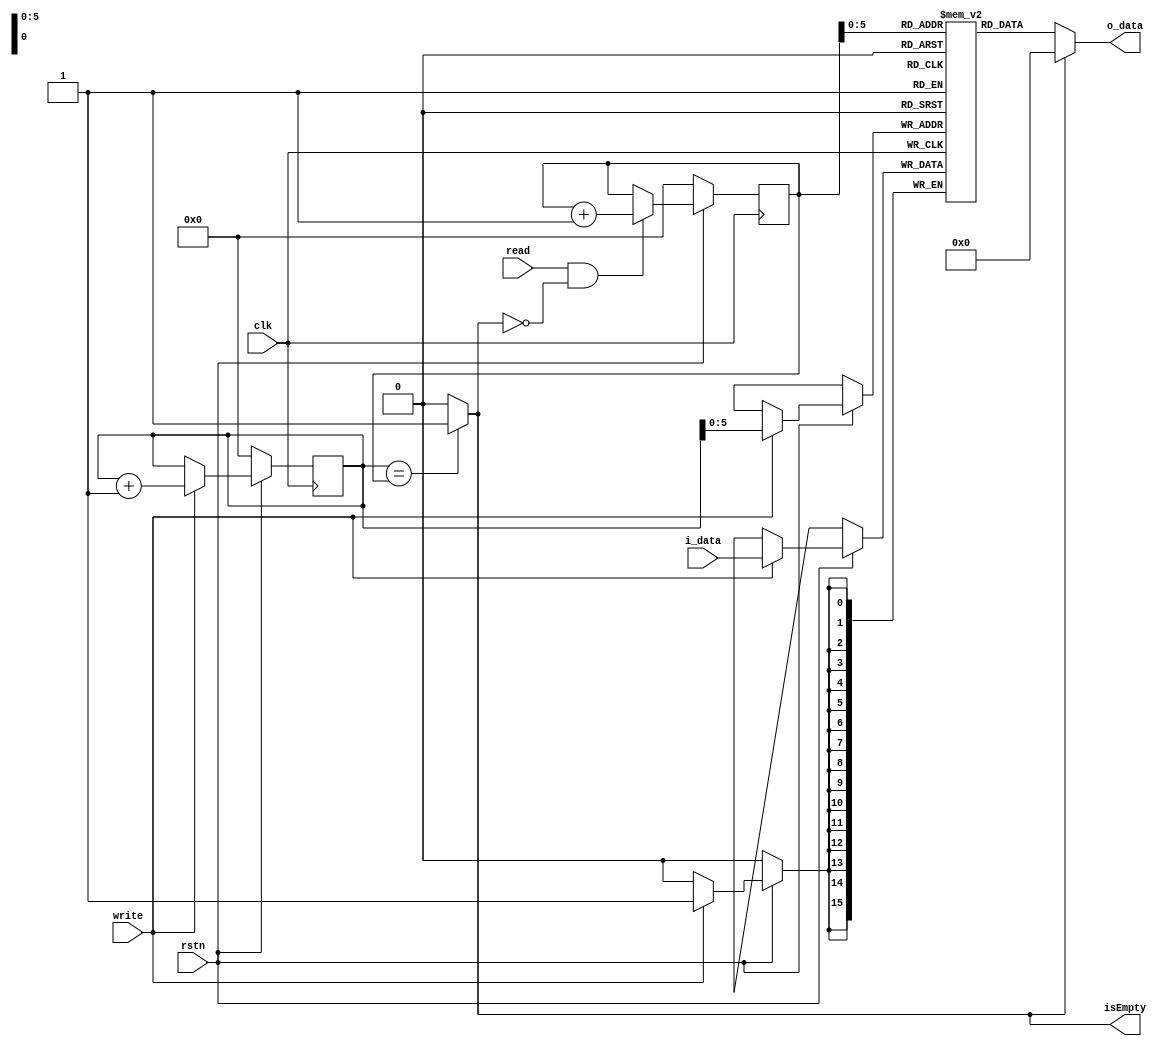
module FIFO #(parameter DATA_WIDTH=16, DEPTH=64) (
    input clk,
    input rstn,
    input write,
    input read,
    input [DATA_WIDTH-1:0] i_data, 
    output [DATA_WIDTH-1:0] o_data, 
    output isEmpty
    );


    reg [$clog2(DEPTH-1):0] write_pointer = 0;
    reg [$clog2(DEPTH-1):0] read_pointer = 0;

    reg [DATA_WIDTH-1:0] memory_array [0:DEPTH-1];

    always @(posedge clk) begin
	if (!rstn) begin
		write_pointer <=  0;
		read_pointer <= 0;
	end 
	else begin
		if (write) begin
			memory_array[write_pointer] <= i_data;
			write_pointer <= write_pointer + 1;
		end
		if (read && !isEmpty) begin
			read_pointer <= read_pointer + 1;
		end
	end
    end

    assign o_data = (!isEmpty) ? memory_array[read_pointer] : 0;

    assign isEmpty = (write_pointer == read_pointer) ? 1 : 0;


endmodule